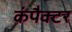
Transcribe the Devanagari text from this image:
कंपैक्टर